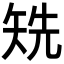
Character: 𥏌